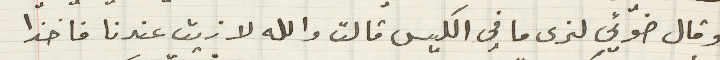
وقال ضوئي لنرى ما في الكيس قالت والله لا زيت عندنا فاخذا